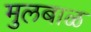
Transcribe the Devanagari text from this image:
मुलबाळ